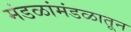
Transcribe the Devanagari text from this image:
मंडळांमंडळातून